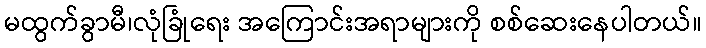
မထွက်ခွာမီ၊လုံခြုံရေး အကြောင်းအရာများကို စစ်ဆေးနေပါတယ်။